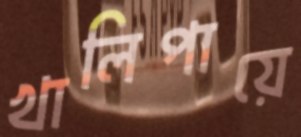
খালিপায়ে